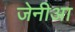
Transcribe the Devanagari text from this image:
जेनीआ